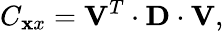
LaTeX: C_{\mathbf xx}={\mathbf V}^{T}\cdot{\mathbf D}\cdot{\mathbf V},